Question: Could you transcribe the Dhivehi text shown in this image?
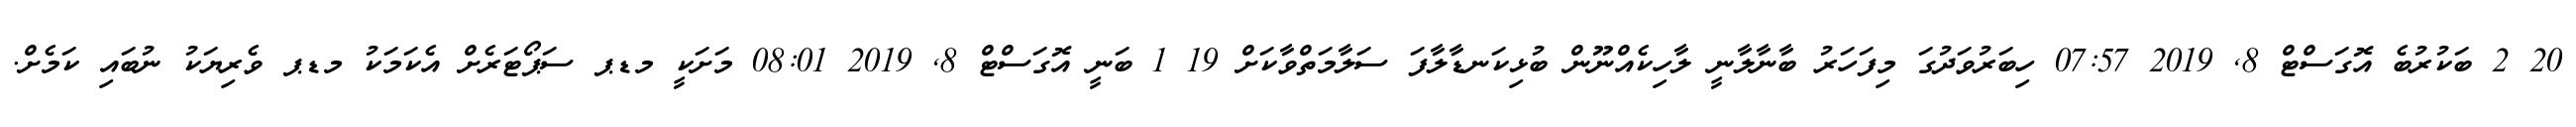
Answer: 20 2 ބަކުރުބެ އޮގަސްޓް 8, 2019 07:57 ހިބަރުވަދުގަ މިފަހަރު ބާނާލާނީ ލާހިކެއްނޫން ބުޅިކަނޑާލާފަ ސަލާމަތްވާކަށް 19 1 ބަނީ އޮގަސްޓް 8, 2019 08:01 މަށަކީ މޑޕ ސަޕޯޓަރެށް އެކަމަކު މޑޕ ވެރިޔަކު ނުބައި ކަމެށް.